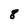
Character: 8